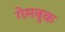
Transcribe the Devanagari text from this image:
गेमबुक